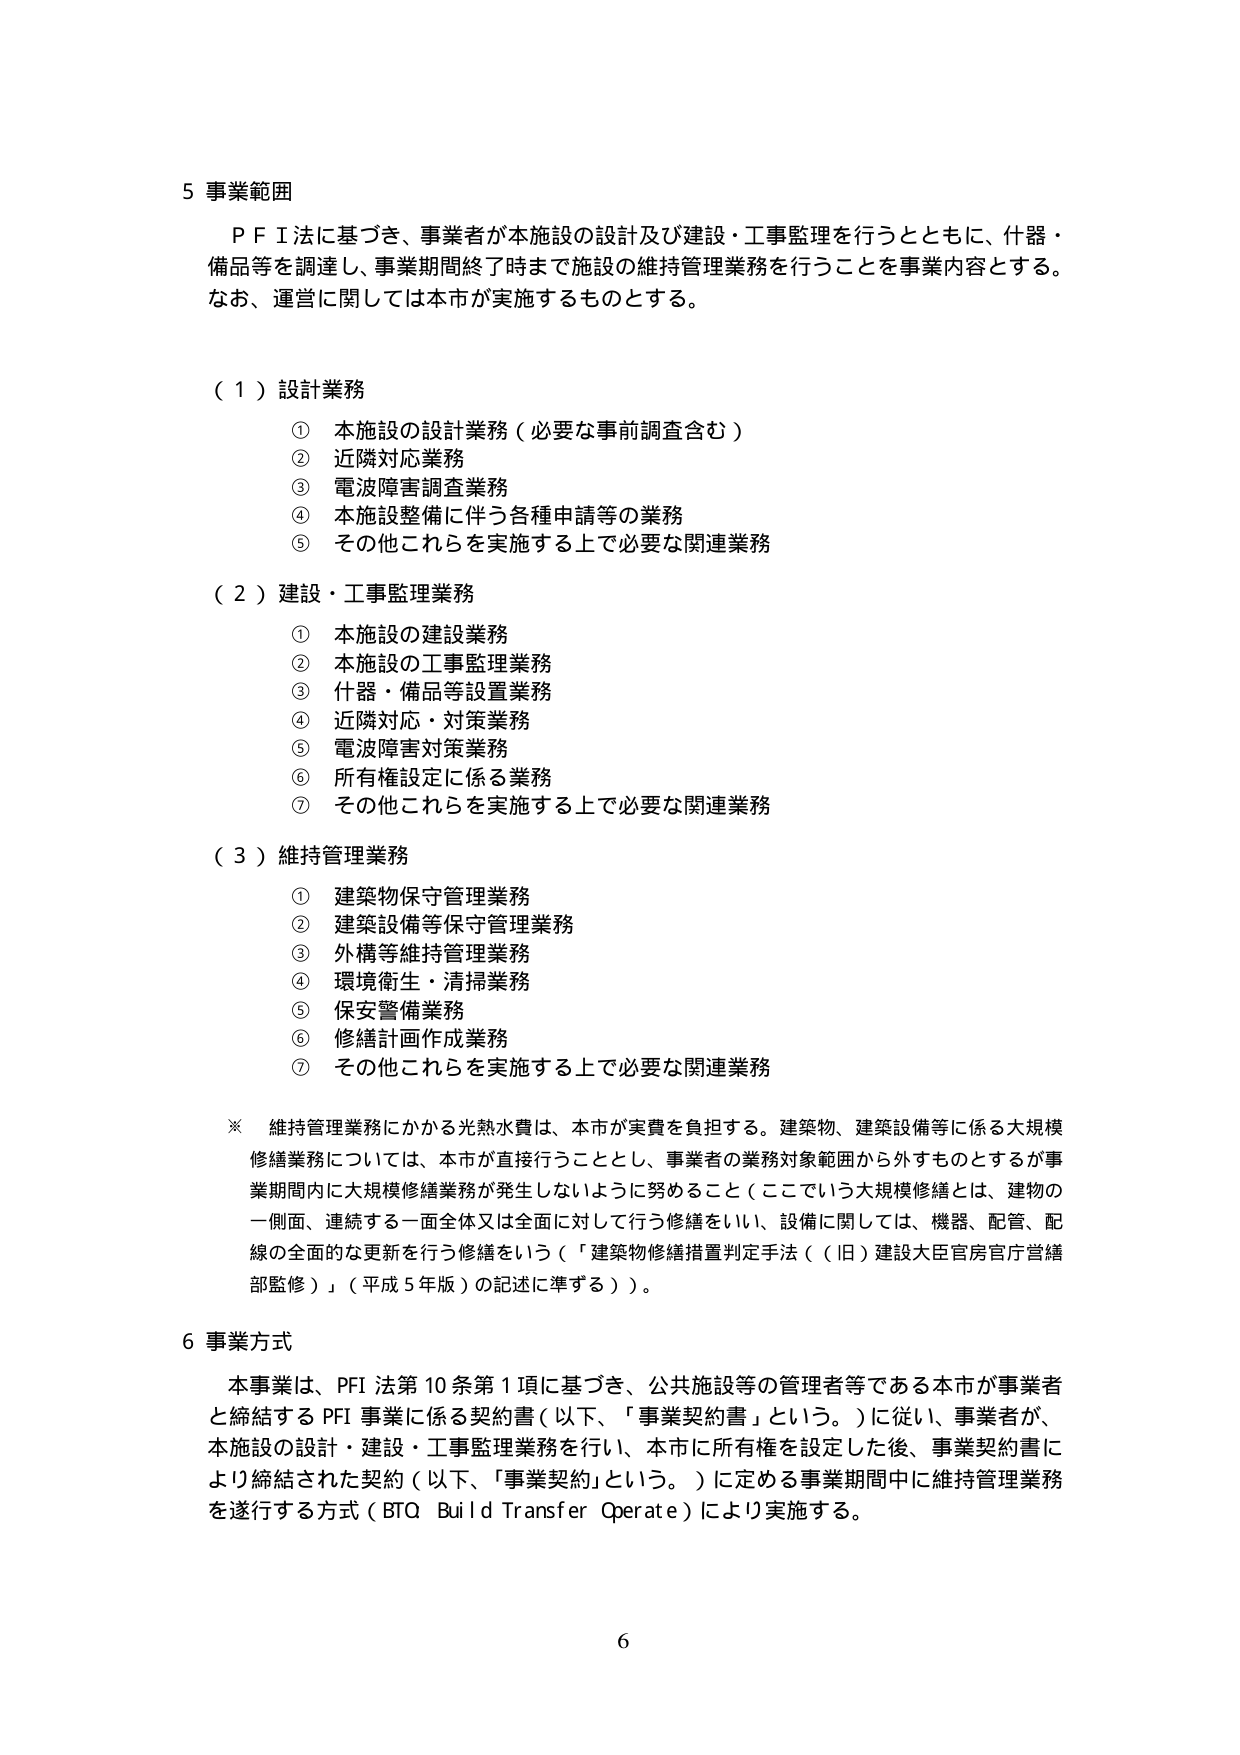
5 事業範囲
ＰＦＩ法に基づき、事業者が本施設の設計及び建設・工事監理を行うとともに、什器・備品等を調達し、事業期間終了時まで施設の維持管理業務を行うことを事業内容とする。なお、運営に関しては本市が実施するものとする。

（１）設計業務
① 本施設の設計業務（必要な事前調査含む）
② 近隣対応業務
③ 電波障害調査業務
④ 本施設整備に伴う各種申請等の業務
⑤ その他これらを実施する上で必要な関連業務

（２）建設・工事監理業務
① 本施設の建設業務
② 本施設の工事監理業務
③ 什器・備品等設置業務
④ 近隣対応・対策業務
⑤ 電波障害対策業務
⑥ 所有権設定に係る業務
⑦ その他これらを実施する上で必要な関連業務

（３）維持管理業務
① 建築物保守管理業務
② 建築設備等保守管理業務
③ 外構等維持管理業務
④ 環境衛生・清掃業務
⑤ 保安警備業務
⑥ 修繕計画作成業務
⑦ その他これらを実施する上で必要な関連業務

※ 維持管理業務にかかる光熱水費は、本市が実費を負担する。建築物、建築設備等に係る大規模修繕業務については、本市が直接行うこととし、事業者の業務対象範囲から外すものとするが事業期間内に大規模修繕業務が発生しないように努めること（ここでいう大規模修繕とは、建物の一側面、連続する一面全体又は全面に対して行う修繕をいい、設備に関しては、機器、配管、配線の全面的な更新を行う修繕をいう（「建築物修繕措置判定手法（（旧）建設大臣官房官庁営繕部監修）」（平成５年版）の記述に準ずる））。

6 事業方式
本事業は、PFI 法第10条第1項に基づき、公共施設等の管理者等である本市が事業者と締結するPFI事業に係る契約書（以下、「事業契約書」という。）に従い、事業者が、本施設の設計・建設・工事監理業務を行い、本市に所有権を設定した後、事業契約書により締結された契約（以下、「事業契約」という。）に定める事業期間中に維持管理業務を遂行する方式（BTQ Build Transfer Operate）により実施する。

6